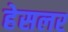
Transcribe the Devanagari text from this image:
हेसलर